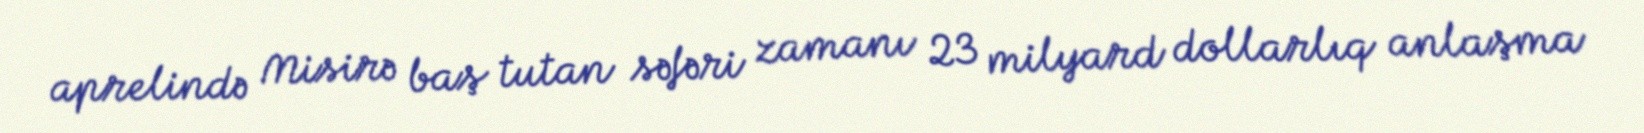
aprelində Misirə baş tutan səfəri zamanı 23 milyard dollarlıq anlaşma